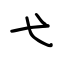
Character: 弋